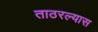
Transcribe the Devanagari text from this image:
ताठरल्यास